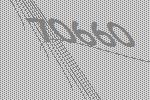
70660